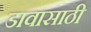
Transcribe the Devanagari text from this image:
डावासाठी